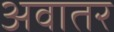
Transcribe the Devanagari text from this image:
अवातर